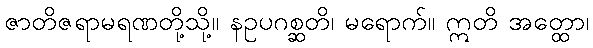
ဇာတိဇရာမရဏတို့သို့။ နဥပဂစ္ဆတိ၊ မရောက်။ ဣတိ အတ္ထော၊